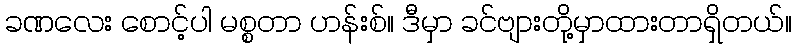
ခဏလေး စောင့်ပါ မစ္စတာ ဟန်းစ်။ ဒီမှာ ခင်ဗျားတို့မှာထားတာရှိတယ်။